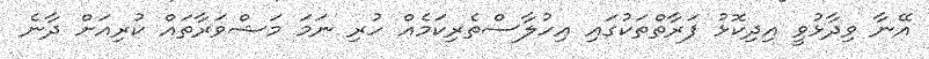
އޭނާ ވިދާޅުވީ އިދިކޮޅު ފަރާތްތަކުގައި އިހުލާސްތެރިކަމެއް ހުރި ނަމަ މަޝްވަރާތައް ކުރިއަށް ދާނެ